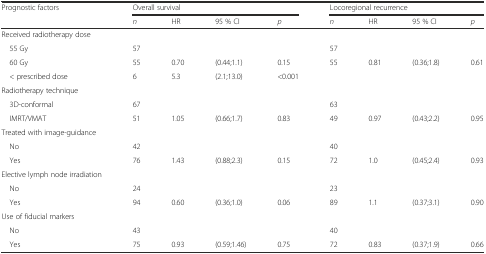
| <ROWSPAN=2> Prognostic factors | <COLSPAN=4> Overall survival | <COLSPAN=4> Locoregional recurrence |
 | n | HR | 95 % CI | p | n | HR | 95 % CI | p |
 | --- | --- | --- | --- | --- | --- | --- | --- | --- |
 | Received radiotherapy dose |  |  |  |  |  |  |  |  |
 | 55 Gy | 57 |  |  |  | 57 |  |  |  |
 | 60 Gy | 55 | 0.70 | (0.44;1.1) | 0.15 | 55 | 0.81 | (0.36;1.8) | 0.61 |
 | < prescribed dose | 6 | 5.3 | (2.1;13.0) | <0.001 |  |  |  |  |
 | Radiotherapy technique |  |  |  |  |  |  |  |  |
 | 3D-conformal | 67 |  |  |  | 63 |  |  |  |
 | IMRT/VMAT | 51 | 1.05 | (0.66;1.7) | 0.83 | 49 | 0.97 | (0.43;2.2) | 0.95 |
 | Treated with image-guidance |  |  |  |  |  |  |  |  |
 | No | 42 |  |  |  | 40 |  |  |  |
 | Yes | 76 | 1.43 | (0.88;2.3) | 0.15 | 72 | 1.0 | (0.45;2.4) | 0.93 |
 | Elective lymph node irradiation |  |  |  |  |  |  |  |  |
 | No | 24 |  |  |  | 23 |  |  |  |
 | Yes | 94 | 0.60 | (0.36;1.0) | 0.06 | 89 | 1.1 | (0.37;3.1) | 0.90 |
 | Use of fiducial markers |  |  |  |  |  |  |  |  |
 | No | 43 |  |  |  | 40 |  |  |  |
 | Yes | 75 | 0.93 | (0.59;1.46) | 0.75 | 72 | 0.83 | (0.37;1.9) | 0.66 |